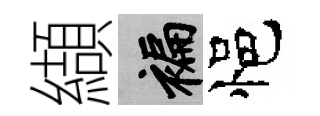
纈褊悒